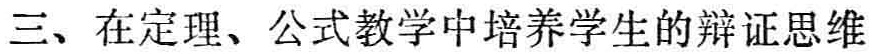
三、在定理、公式教学中培养学生的辩证思维